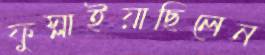
ফুস্‌লাইয়াছিলেন